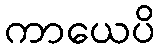
ကာယေပိ